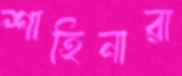
শাহিনারা